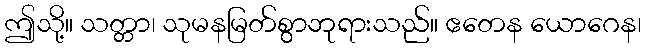
ဤသို့။ သတ္တာ၊ သုမနမြတ်စွာဘုရားသည်။ ဧတေန ယောဂေန၊